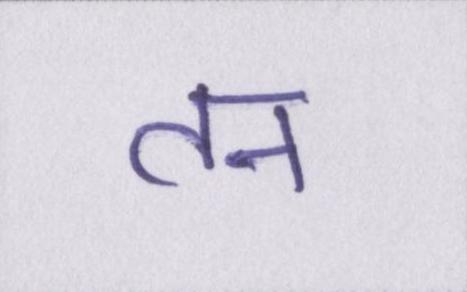
तन